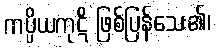
ကပ္ပိယကုဋိ ဖြစ်ပြန်သေး၏၊